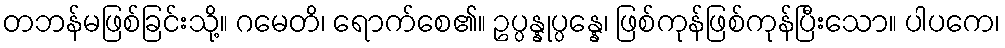
တဘန်မဖြစ်ခြင်းသို့။ ဂမေတိ၊ ရောက်စေ၏။ ဥပ္ပန္နုပ္ပန္နေ၊ ဖြစ်ကုန်ဖြစ်ကုန်ပြီးသော။ ပါပကေ၊